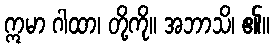
ဣမာ ဂါထာ၊ တို့ကို။ အဘာသိ၊ ၏။